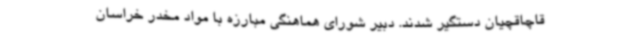
قاچاقچیان دستگیر شدند. دبیر شورای هماهنگی مبارزه با مواد مخدر خراسان